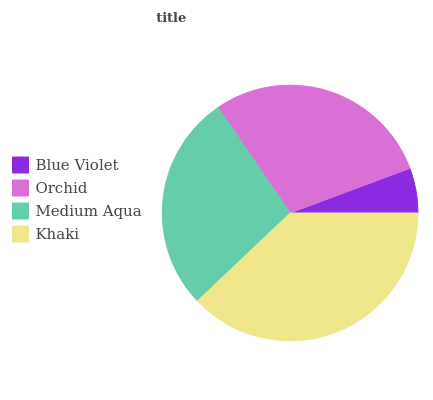
| Blue Violet | Orchid | Medium Aqua | Khaki |
 | --- | --- | --- | --- |
 | 5.67% | 28.8% | 27.6% | 37.9% |